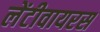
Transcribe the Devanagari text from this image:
लेंटीवायरस